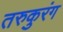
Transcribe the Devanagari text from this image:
तरुकुरंग